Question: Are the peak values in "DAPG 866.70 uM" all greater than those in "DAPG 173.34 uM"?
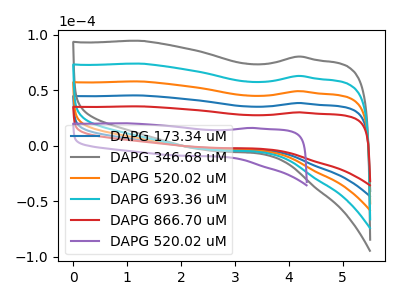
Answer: <think>The blue curve "DAPG 173.34 uM" has no peaks. The gray curve "DAPG 346.68 uM" has no peaks. The orange curve "DAPG 520.02 uM" has no peaks. The cyan curve "DAPG 693.36 uM" has no peaks. The red curve "DAPG 866.70 uM" has no peaks. The purple curve "DAPG 520.02 uM" has no peaks.</think>
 <answer>Niether CV has any peaks.</answer>
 <eval>blanks</eval>